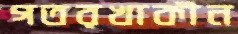
গতরখাকীন